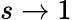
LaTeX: s\to 1